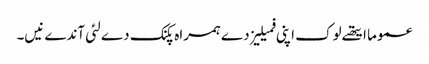
عموما ایتھ‏ے لوک اپنی فمیلیز دے ہمراہ پکنک دے لئی آندے نی‏‏‏‏ں۔